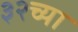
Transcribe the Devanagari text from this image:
३२च्या